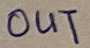
Text: OUT